Civil Veterinary Dept. Bombay admin report 1914-1922 - 1914-1922
Year: 1914
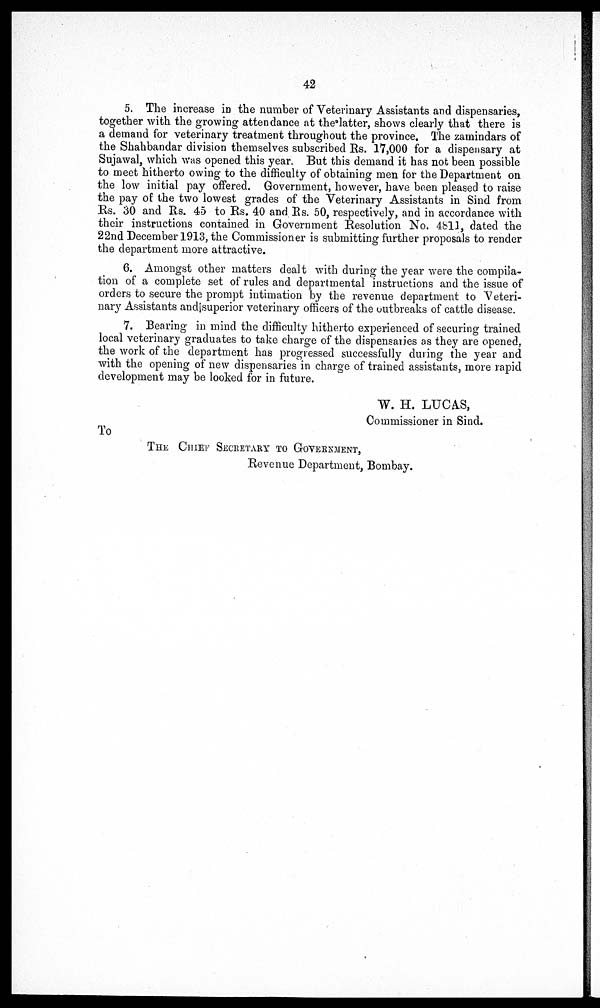
42
5. The increase in the number of Veterinary Assistants and dispensaries,
together with the growing attendance at the latter, shows clearly that there is
a demand for veterinary treatment throughout the province. The zamindars of
the Shahbandar division themselves subscribed Rs. 17,000 for a dispensary at
Sujawal, which was opened this year. But this demand it has not been possible
to meet hitherto owing to the difficulty of obtaining men for the Department on
the low initial pay offered. Government, however, have been pleased to raise
the pay of the two lowest grades of the Veterinary Assistants in Sind from
Rs. 30 and Rs. 45 to Rs. 40 and Rs. 50, respectively, and in accordance with
their instructions contained in Government Resolution No. 4bll, dated the
22nd December 1913, the Commissioner is submitting further proposals to render
the department more attractive.
6. Amongst other matters dealt with during the year were the compila-
tion of a complete set of rules and departmental instructions and the issue of
orders to secure the prompt intimation by the revenue department to Veteri-
nary Assistants and superior veterinary officers of the outbreaks of cattle disease.
7. Bearing in mind the difficulty hitherto experienced of securing trained
local veterinary graduates to take charge of the dispensaries as they are opened,
the work of the department has progressed successfully during the year and
with the opening of new dispensaries in charge of trained assistants, more rapid
development may be looked for in future.
W. H. LUCAS,
Commissioner in Sind.
To
THE CCHIEF SECRETARY TO GOVERNMENT,
Revenue Department, Bombay.